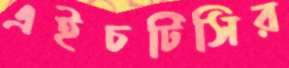
এইচটিসির